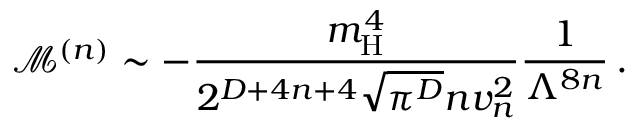
\mathcal { M } ^ { ( n ) } \sim - \frac { m _ { \mathrm { H } } ^ { 4 } } { 2 ^ { D + 4 n + 4 } \sqrt { \pi ^ { D } } n v _ { n } ^ { 2 } } \frac { 1 } { \Lambda ^ { 8 n } } \, .